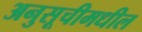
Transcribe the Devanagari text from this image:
अनुसूचीमधील